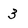
Character: 3